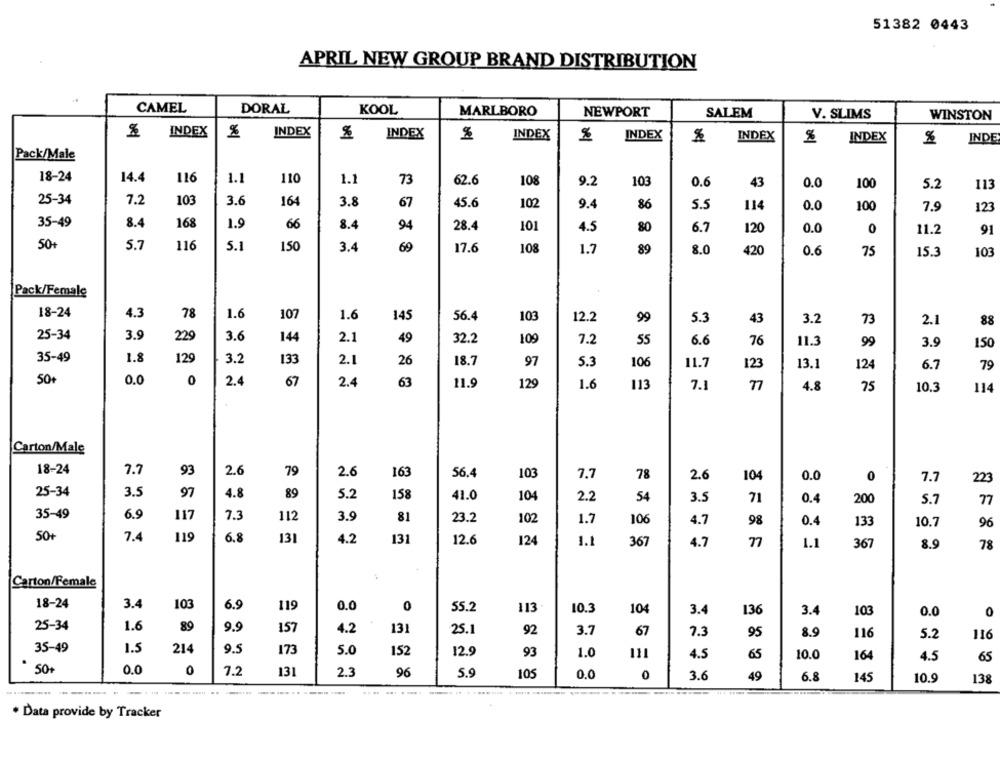
51382 0443
APRIL NEW GROUP BRAND DISTRIBUTION
CAMEL
DORAL
KOOL
MARLBORO
NEWPORT
SALEM
V. SLIMS
WINSTON
INDEX
%
INDEX
%
INDEX
%
INDEX
INDEX
INDEX
%
INDEX
%
INDE
Pack/Male
18-24
14.4
116
1.1
110
1.1
73
62.6
108
9.2
103
0.6
43
0.0
100
5.2
113
25-34
7.2
103
3.6
164
3.8
67
45.6
102
9.4
86
5.5
114
0.0
100
7.9
123
35-49
8.4
168
1.9
66
8.4
94
28.4
101
4.5
80
6.7
0
120
0.0
11.2
91
50+
5.7
116
5.1
150
3.4
69
17.6
108
1.7
89
8.0
420
0.6
75
15.3
103
Pack/Female
18-24
4.3
78
1.6
107
1.6
145
56.4
103
12.2
99
5.3
43
3.2
73
2.1
88
25-34
3.9
229
3.6
144
2.1
49
32.2
109
7.2
55
6.6
76
99
11.3
3.9
150
35-49
1.8
129
3.2
133
2.1
26
18.7
97
5.3
11.7
106
123
13.1
124
6.7
79
0.0
50+
0
2.4
67
2.4
63
11.9
129
1.6
113
7.
77
4.8
75
10.3
114
Carton/Male
18-24
7.7
2.6
93
79
2.6
163
56.4
103
7.7
78
2.6
104
0.0
0
7.7
223
25-34
3.5
97
4.8
89
5.2
158
41.0
104
2.2
54
3.5
71
0.4
200
5.7
35-49
6.9
117
7.3
112
3.9
81
23.2
102
1.7
106
4.7
98
0.4
133
10.7
96
50+
7.
119
6.8
131
4.2
131
12.6
124
1.1
367
4.7
77
1.1
36
8.9
78
Carton/Female
18-24
3.4
103
6.9
119
0.0
0
55.2
113
10.3
104
3.4
136
3.4
103
0.0
0
25-34
1.6
89
9.9
157
4.2
131
25.1
92
3.7
67
7.3
95
8.9
116
5.2
116
35-49
1.5
214
9.5
173
5.0
152
12.9
93
1.0
4.5
65
10.0
164
4.5
65
50+
0.0
0
7.2
131
2.
96
5.9
105
0.0
3.6
49
6.8
145
10.9
13
--------.. ..
. Data provide by Tracker